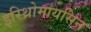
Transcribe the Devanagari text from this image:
इरिथ्रोमायसिन